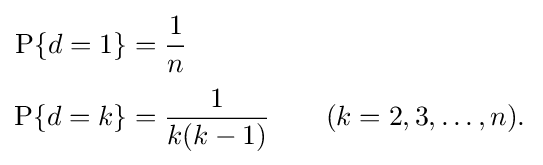
{\begin{aligned}\mathrm {P} \{d=1\}&={\frac {1}{n}}\\[2pt]\mathrm {P} \{d=k\}&={\frac {1}{k(k-1)}}\qquad (k=2,3,\dots ,n).\,\end{aligned}}